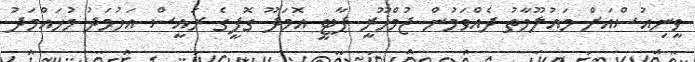
ވީނިއުސްއަށް މައުލޫމާތު ދެއްވަމުން ޖުމްހޫރީ ޕާޓީ އޮމަދޫ ގޮފީގެ ރައީސް އަހުމަދު މުހައްމަދު